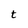
Character: t